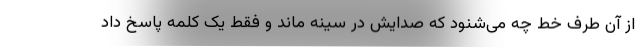
از آن طرف خط چه می‌شنود که صدایش در سینه ماند و فقط یک کلمه پاسخ داد